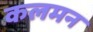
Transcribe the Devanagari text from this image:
कलमन